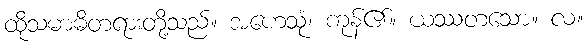
ထိုသမာဓိတရားတို့သည်။ အဟေသုံ၊ ကုန်၏။ ယဿတသော။ လ။